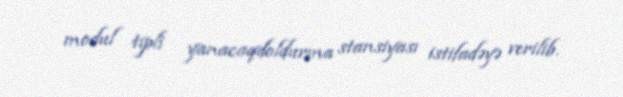
modul tipli yanacaqdoldurma stansiyası istifadəyə verilib.